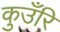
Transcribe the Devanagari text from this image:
कुउँरि